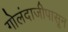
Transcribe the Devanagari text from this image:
गोलंदाजीपासून